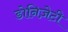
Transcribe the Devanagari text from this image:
डोनिज़ेटी